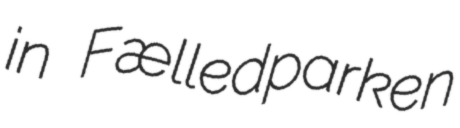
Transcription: in Fælledparken